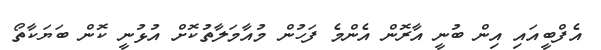
އެފްބީއައި އިން ބުނީ އާރޮން އެންމެ ފަހުން މުއާމަލާތުކޮށް އުޅުނީ ކޮން ބަޔަކާތޯ